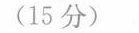
(15 分)